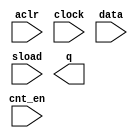
// megafunction wizard: %LPM_COUNTER%VBB%
// GENERATION: STANDARD
// VERSION: WM1.0
// MODULE: LPM_COUNTER 

// ============================================================
// Megafunction Name(s):
// 			LPM_COUNTER
//
// Simulation Library Files(s):
// 			lpm
// ============================================================
// ************************************************************
// THIS IS A WIZARD-GENERATED FILE. DO NOT EDIT THIS FILE!
//
// 18.1.0 Build 625 09/12/2018 SJ Lite Edition
// ************************************************************

//Copyright (C) 2018  Intel Corporation. All rights reserved.
//Your use of Intel Corporation's design tools, logic functions 
//and other software and tools, and its AMPP partner logic 
//functions, and any output files from any of the foregoing 
//(including device programming or simulation files), and any 
//associated documentation or information are expressly subject 
//to the terms and conditions of the Intel Program License 
//Subscription Agreement, the Intel Quartus Prime License Agreement,
//the Intel FPGA IP License Agreement, or other applicable license
//agreement, including, without limitation, that your use is for
//the sole purpose of programming logic devices manufactured by
//Intel and sold by Intel or its authorized distributors.  Please
//refer to the applicable agreement for further details.

module counter_16bits (
	aclr,
	clock,
	cnt_en,
	data,
	sload,
	q);

	input	  aclr;
	input	  clock;
	input	  cnt_en;
	input	[15:0]  data;
	input	  sload;
	output	[15:0]  q;

endmodule

// ============================================================
// CNX file retrieval info
// ============================================================
// Retrieval info: PRIVATE: ACLR NUMERIC "1"
// Retrieval info: PRIVATE: ALOAD NUMERIC "0"
// Retrieval info: PRIVATE: ASET NUMERIC "0"
// Retrieval info: PRIVATE: ASET_ALL1 NUMERIC "1"
// Retrieval info: PRIVATE: CLK_EN NUMERIC "0"
// Retrieval info: PRIVATE: CNT_EN NUMERIC "1"
// Retrieval info: PRIVATE: CarryIn NUMERIC "0"
// Retrieval info: PRIVATE: CarryOut NUMERIC "0"
// Retrieval info: PRIVATE: Direction NUMERIC "1"
// Retrieval info: PRIVATE: INTENDED_DEVICE_FAMILY STRING "Cyclone V"
// Retrieval info: PRIVATE: ModulusCounter NUMERIC "0"
// Retrieval info: PRIVATE: ModulusValue NUMERIC "0"
// Retrieval info: PRIVATE: SCLR NUMERIC "0"
// Retrieval info: PRIVATE: SLOAD NUMERIC "1"
// Retrieval info: PRIVATE: SSET NUMERIC "0"
// Retrieval info: PRIVATE: SSET_ALL1 NUMERIC "1"
// Retrieval info: PRIVATE: SYNTH_WRAPPER_GEN_POSTFIX STRING "0"
// Retrieval info: PRIVATE: nBit NUMERIC "16"
// Retrieval info: PRIVATE: new_diagram STRING "1"
// Retrieval info: LIBRARY: lpm lpm.lpm_components.all
// Retrieval info: CONSTANT: LPM_DIRECTION STRING "DOWN"
// Retrieval info: CONSTANT: LPM_PORT_UPDOWN STRING "PORT_UNUSED"
// Retrieval info: CONSTANT: LPM_TYPE STRING "LPM_COUNTER"
// Retrieval info: CONSTANT: LPM_WIDTH NUMERIC "16"
// Retrieval info: USED_PORT: aclr 0 0 0 0 INPUT NODEFVAL "aclr"
// Retrieval info: USED_PORT: clock 0 0 0 0 INPUT NODEFVAL "clock"
// Retrieval info: USED_PORT: cnt_en 0 0 0 0 INPUT NODEFVAL "cnt_en"
// Retrieval info: USED_PORT: data 0 0 16 0 INPUT NODEFVAL "data[15..0]"
// Retrieval info: USED_PORT: q 0 0 16 0 OUTPUT NODEFVAL "q[15..0]"
// Retrieval info: USED_PORT: sload 0 0 0 0 INPUT NODEFVAL "sload"
// Retrieval info: CONNECT: @aclr 0 0 0 0 aclr 0 0 0 0
// Retrieval info: CONNECT: @clock 0 0 0 0 clock 0 0 0 0
// Retrieval info: CONNECT: @cnt_en 0 0 0 0 cnt_en 0 0 0 0
// Retrieval info: CONNECT: @data 0 0 16 0 data 0 0 16 0
// Retrieval info: CONNECT: @sload 0 0 0 0 sload 0 0 0 0
// Retrieval info: CONNECT: q 0 0 16 0 @q 0 0 16 0
// Retrieval info: GEN_FILE: TYPE_NORMAL counter_16bits.v TRUE
// Retrieval info: GEN_FILE: TYPE_NORMAL counter_16bits.inc FALSE
// Retrieval info: GEN_FILE: TYPE_NORMAL counter_16bits.cmp FALSE
// Retrieval info: GEN_FILE: TYPE_NORMAL counter_16bits.bsf FALSE
// Retrieval info: GEN_FILE: TYPE_NORMAL counter_16bits_inst.v TRUE
// Retrieval info: GEN_FILE: TYPE_NORMAL counter_16bits_bb.v TRUE
// Retrieval info: LIB_FILE: lpm